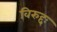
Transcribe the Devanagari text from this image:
विरुद्दः